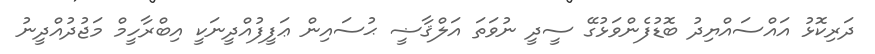
ދަރިކޮޅު އައްސައްޔިދު ބޮޑުފެންވަޅުގޭ ސީދީ ނުވަތަ އަލްޤާޟީ ޙުސައިން ޢަފީފުއްދީނަކީ އިބްރާހީމް މަޖުދުއްދީނު